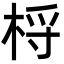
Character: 㭩